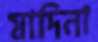
মাদিনা